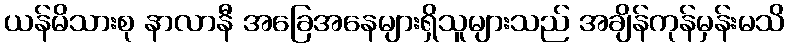
ယန်မိသားစု နာလာနီ အခြေအနေများရှိသူများသည် အချိန်ကုန်မှန်းမသိ